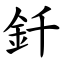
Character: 釺